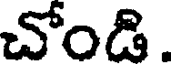
చోండి.